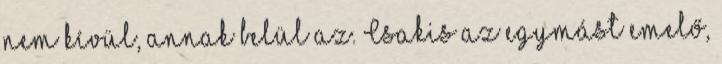
nem kívül, annak belül az. Csakis az egymást emelő,